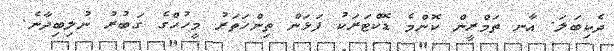
ދެކިބަލަ. އާނ ތަމްރީން ކޮންމެ ޑޮކްޓަރަކު ފަޅަން ތިންހަތަރު މީހުހްގެ ގަބުރު ނުލިބިދާނެ.